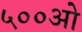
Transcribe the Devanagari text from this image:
५००ओ